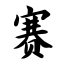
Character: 赛